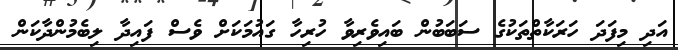
އަދި މިފަދަ ހަރަކާތްތަކުގެ ސަބަބުން ބައިވެރިވާ ހުރިހާ ގައުމަކަށް ވެސް ފައިދާ ލިބެމުންދާކަން